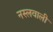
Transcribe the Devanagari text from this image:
नस्लवाली